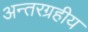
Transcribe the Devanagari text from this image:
अन्तरग्रहीय